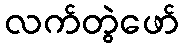
လက်တွဲဖော်